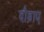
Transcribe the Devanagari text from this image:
दौड़ाए